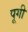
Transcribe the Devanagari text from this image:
पूगी